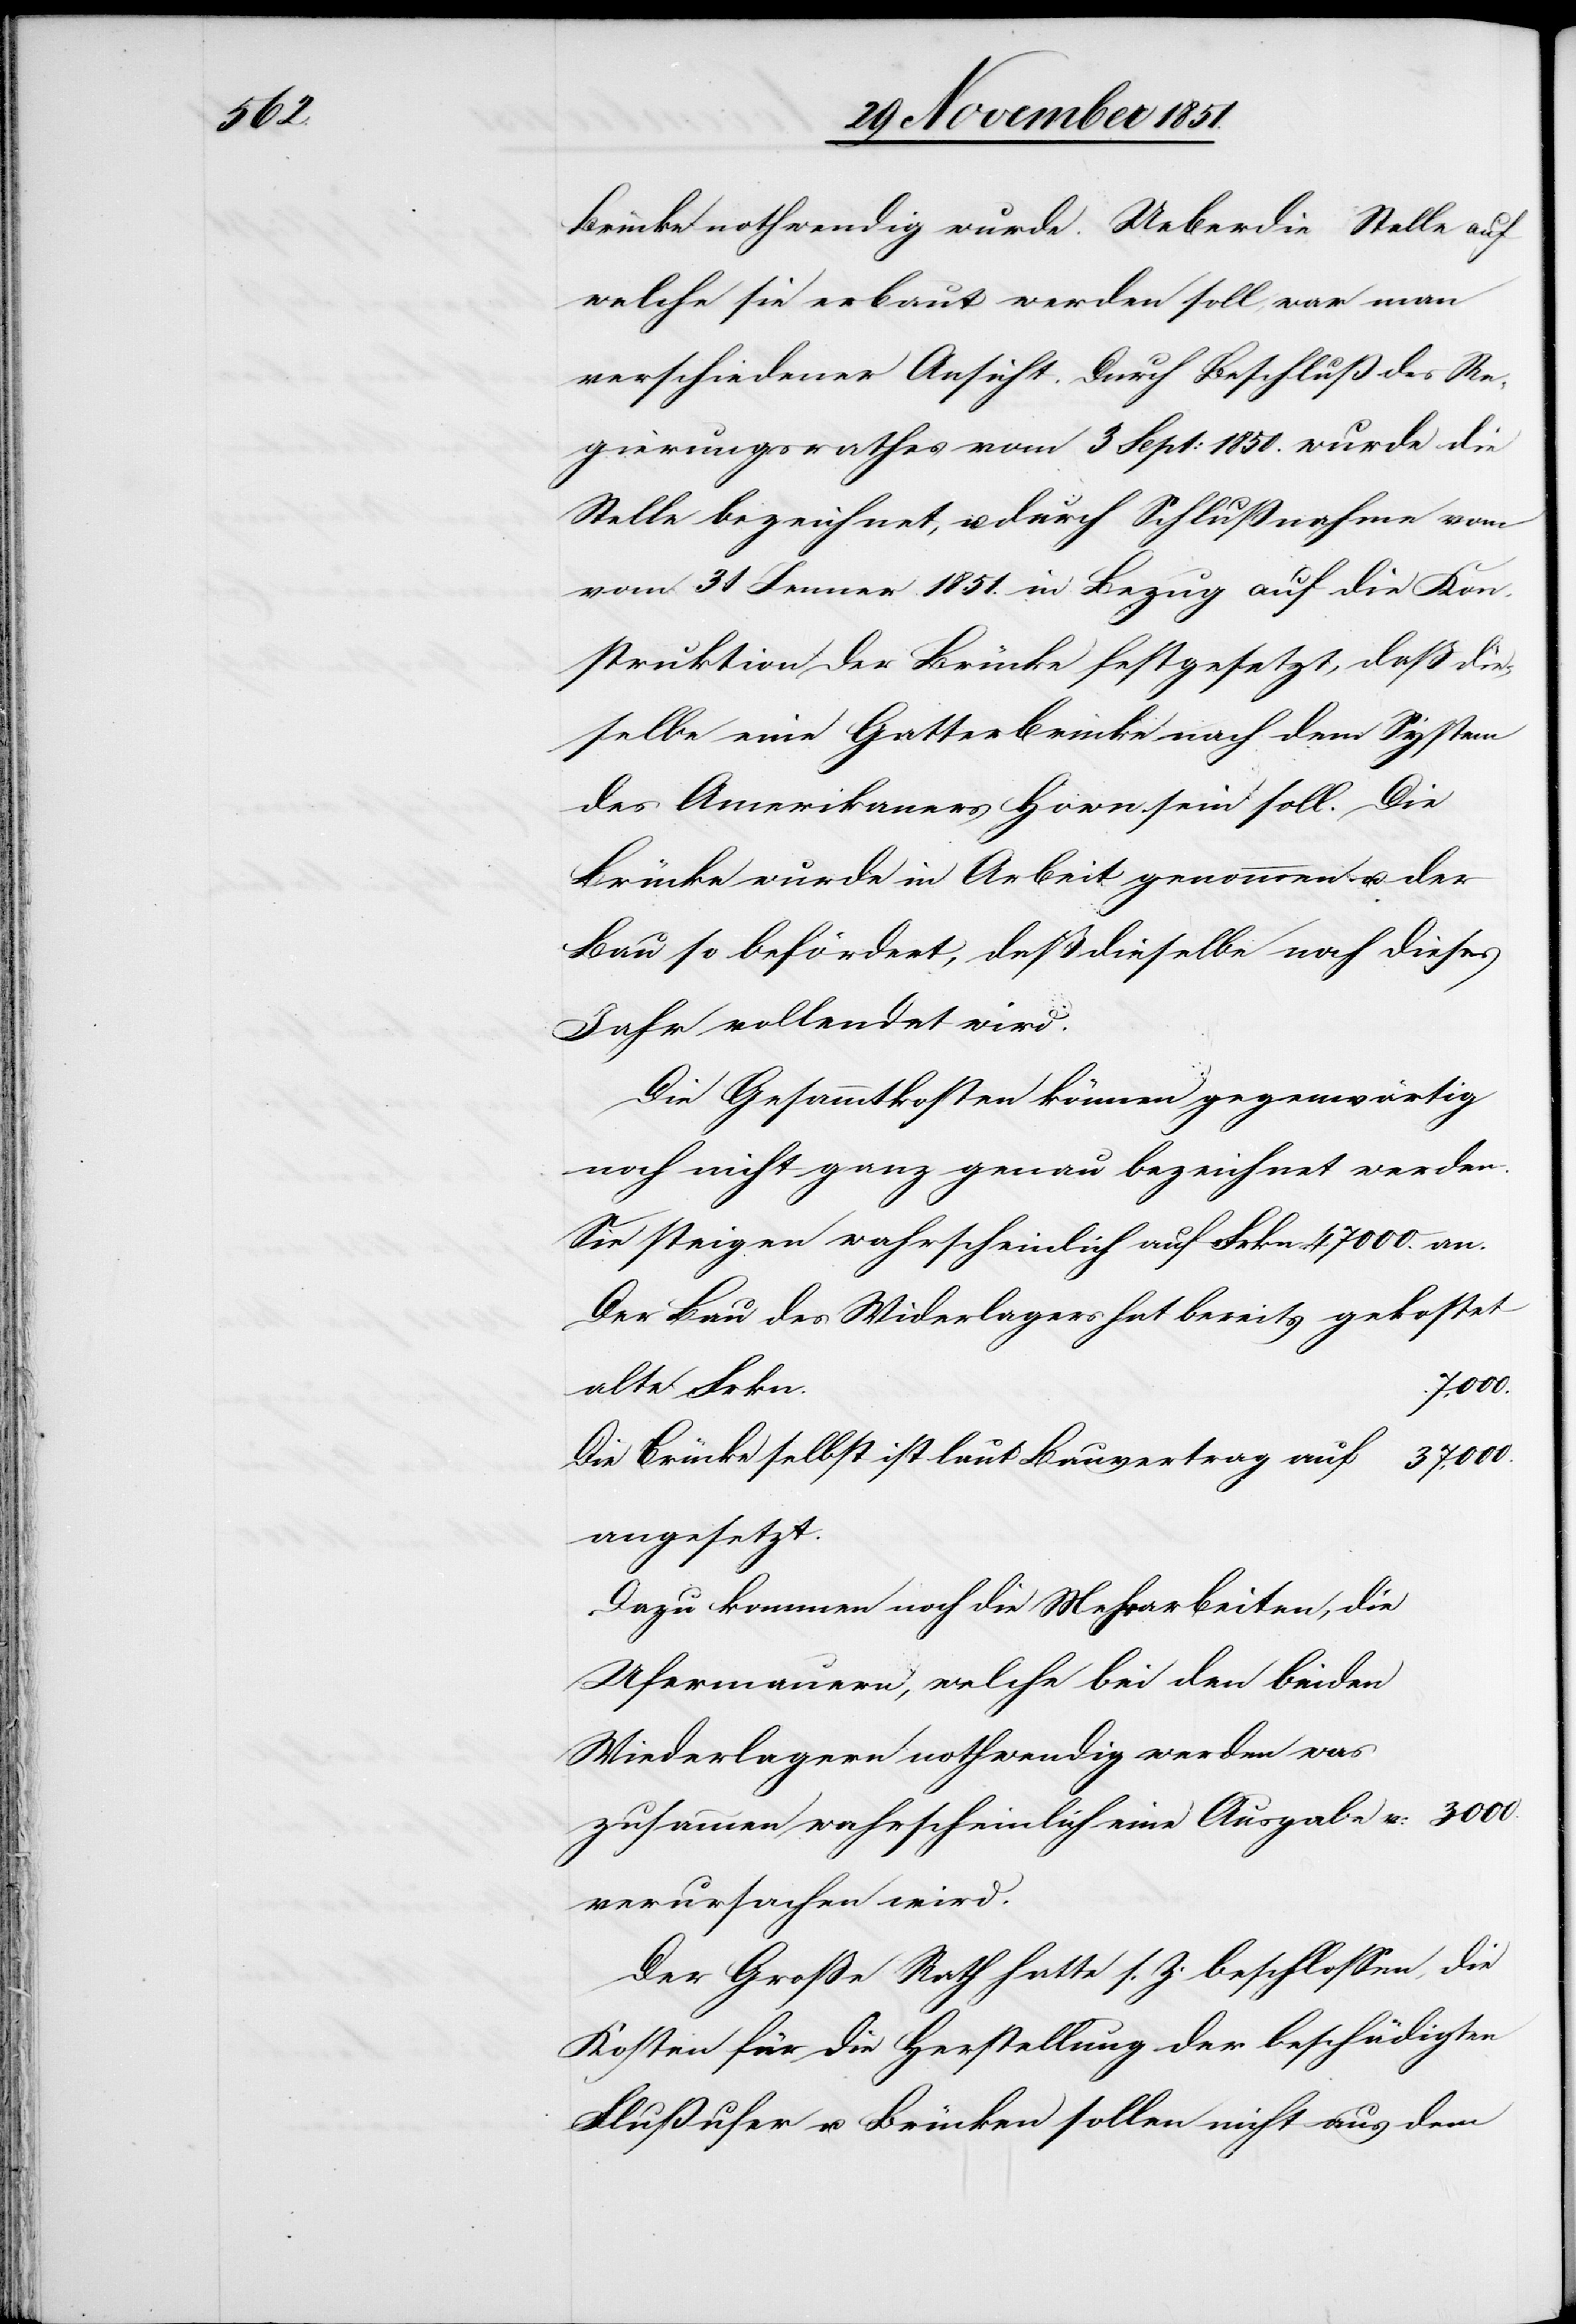
Brücke nothwendig wurde. Ueber die Stelle auf
welche sie erbaut werden soll, war man
verschiedener Ansicht. Durch Beschluß des Re¬
gierungsrathes vom 3 Sept: 1850. wurde die
Stelle bezeichnet, u. durch Schlußnahme vom
31 Jenner 1851. in Bezug auf die Kon¬
struktion der Brücke festgesetzt, daß die¬
selbe eine Gatterbrücke nach dem System
des Amerikaners Hown sein soll. Die
Brücke wurde in Arbeit genommen u. der
Bau so befördert, daß dieselbe noch dieses
Jahr vollendet wird.
Die Gesammtkosten können gegenwärtig
noch nicht ganz genau bezeichnet werden.
Sie steigen wahrscheinlich auf Frkn 47000. an.
Der Bau des Widerlagers hat bereits gekostet
alte Frkn.
37,000.
Die Brücke selbst ist laut Bauvertrag auf
angesetzt.
Dazu kommen noch die Mehrarbeiten, die
Ufermauern, welche bei den beiden
Wiederlagern nothwendig werden was
zusammen wahrscheinlich eine Ausgabe v: 3000.
verursachen wird.
Der Große Rath hatte s. Z. beschlossen, die
Kosten für die Herstellung der beschädigten
Flußufer u. Brücken sollen nicht aus dem